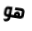
هو